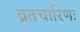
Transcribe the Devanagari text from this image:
व्रतचारिणः